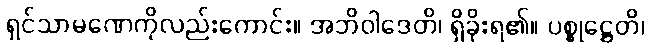
ရှင်သာမဏေကိုလည်းကောင်း။ အဘိဝါဒေတိ၊ ရှိခိုးရ၏။ ပစ္စုဋ္ဌေတိ၊